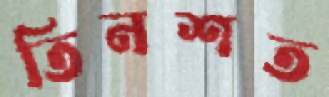
তিনশত